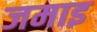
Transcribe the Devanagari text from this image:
जमाइ